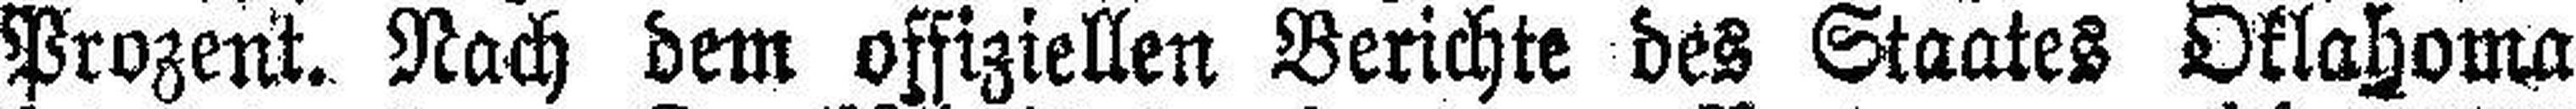
Prozent. Nach dem offiziellen Berichte des Staates Oklahoma